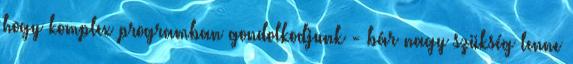
hogy komplex programban gondolkodjunk - bár nagy szükség lenne